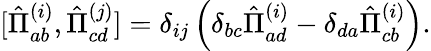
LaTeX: [\hat{\Pi}_{ab}^{(i)},\hat{\Pi}_{cd}^{(j)}]=\delta_{ij}\left(\delta_{bc}\hat{\Pi}_{ad}^{(i)}-\delta_{da}\hat{\Pi}_{cb}^{(i)}\right).